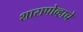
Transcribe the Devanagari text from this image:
शारापोव्हाचे